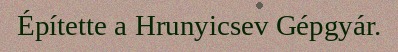
Építette a Hrunyicsev Gépgyár.